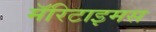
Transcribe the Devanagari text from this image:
मॅरिटाइमस